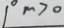
1 ^ { \circ } m > 0